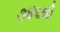
૭૪૬થી